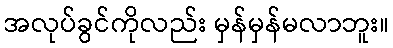
အလုပ်ခွင်ကိုလည်း မှန်မှန်မလာဘူး။